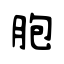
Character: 胞